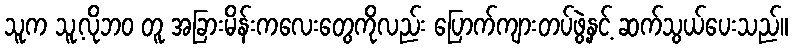
သူက သူ့လိုဘဝ တူ အခြားမိန်းကလေးတွေကိုလည်း ပြောက်ကျားတပ်ဖွဲ့နှင့် ဆက်သွယ်ပေးသည်။